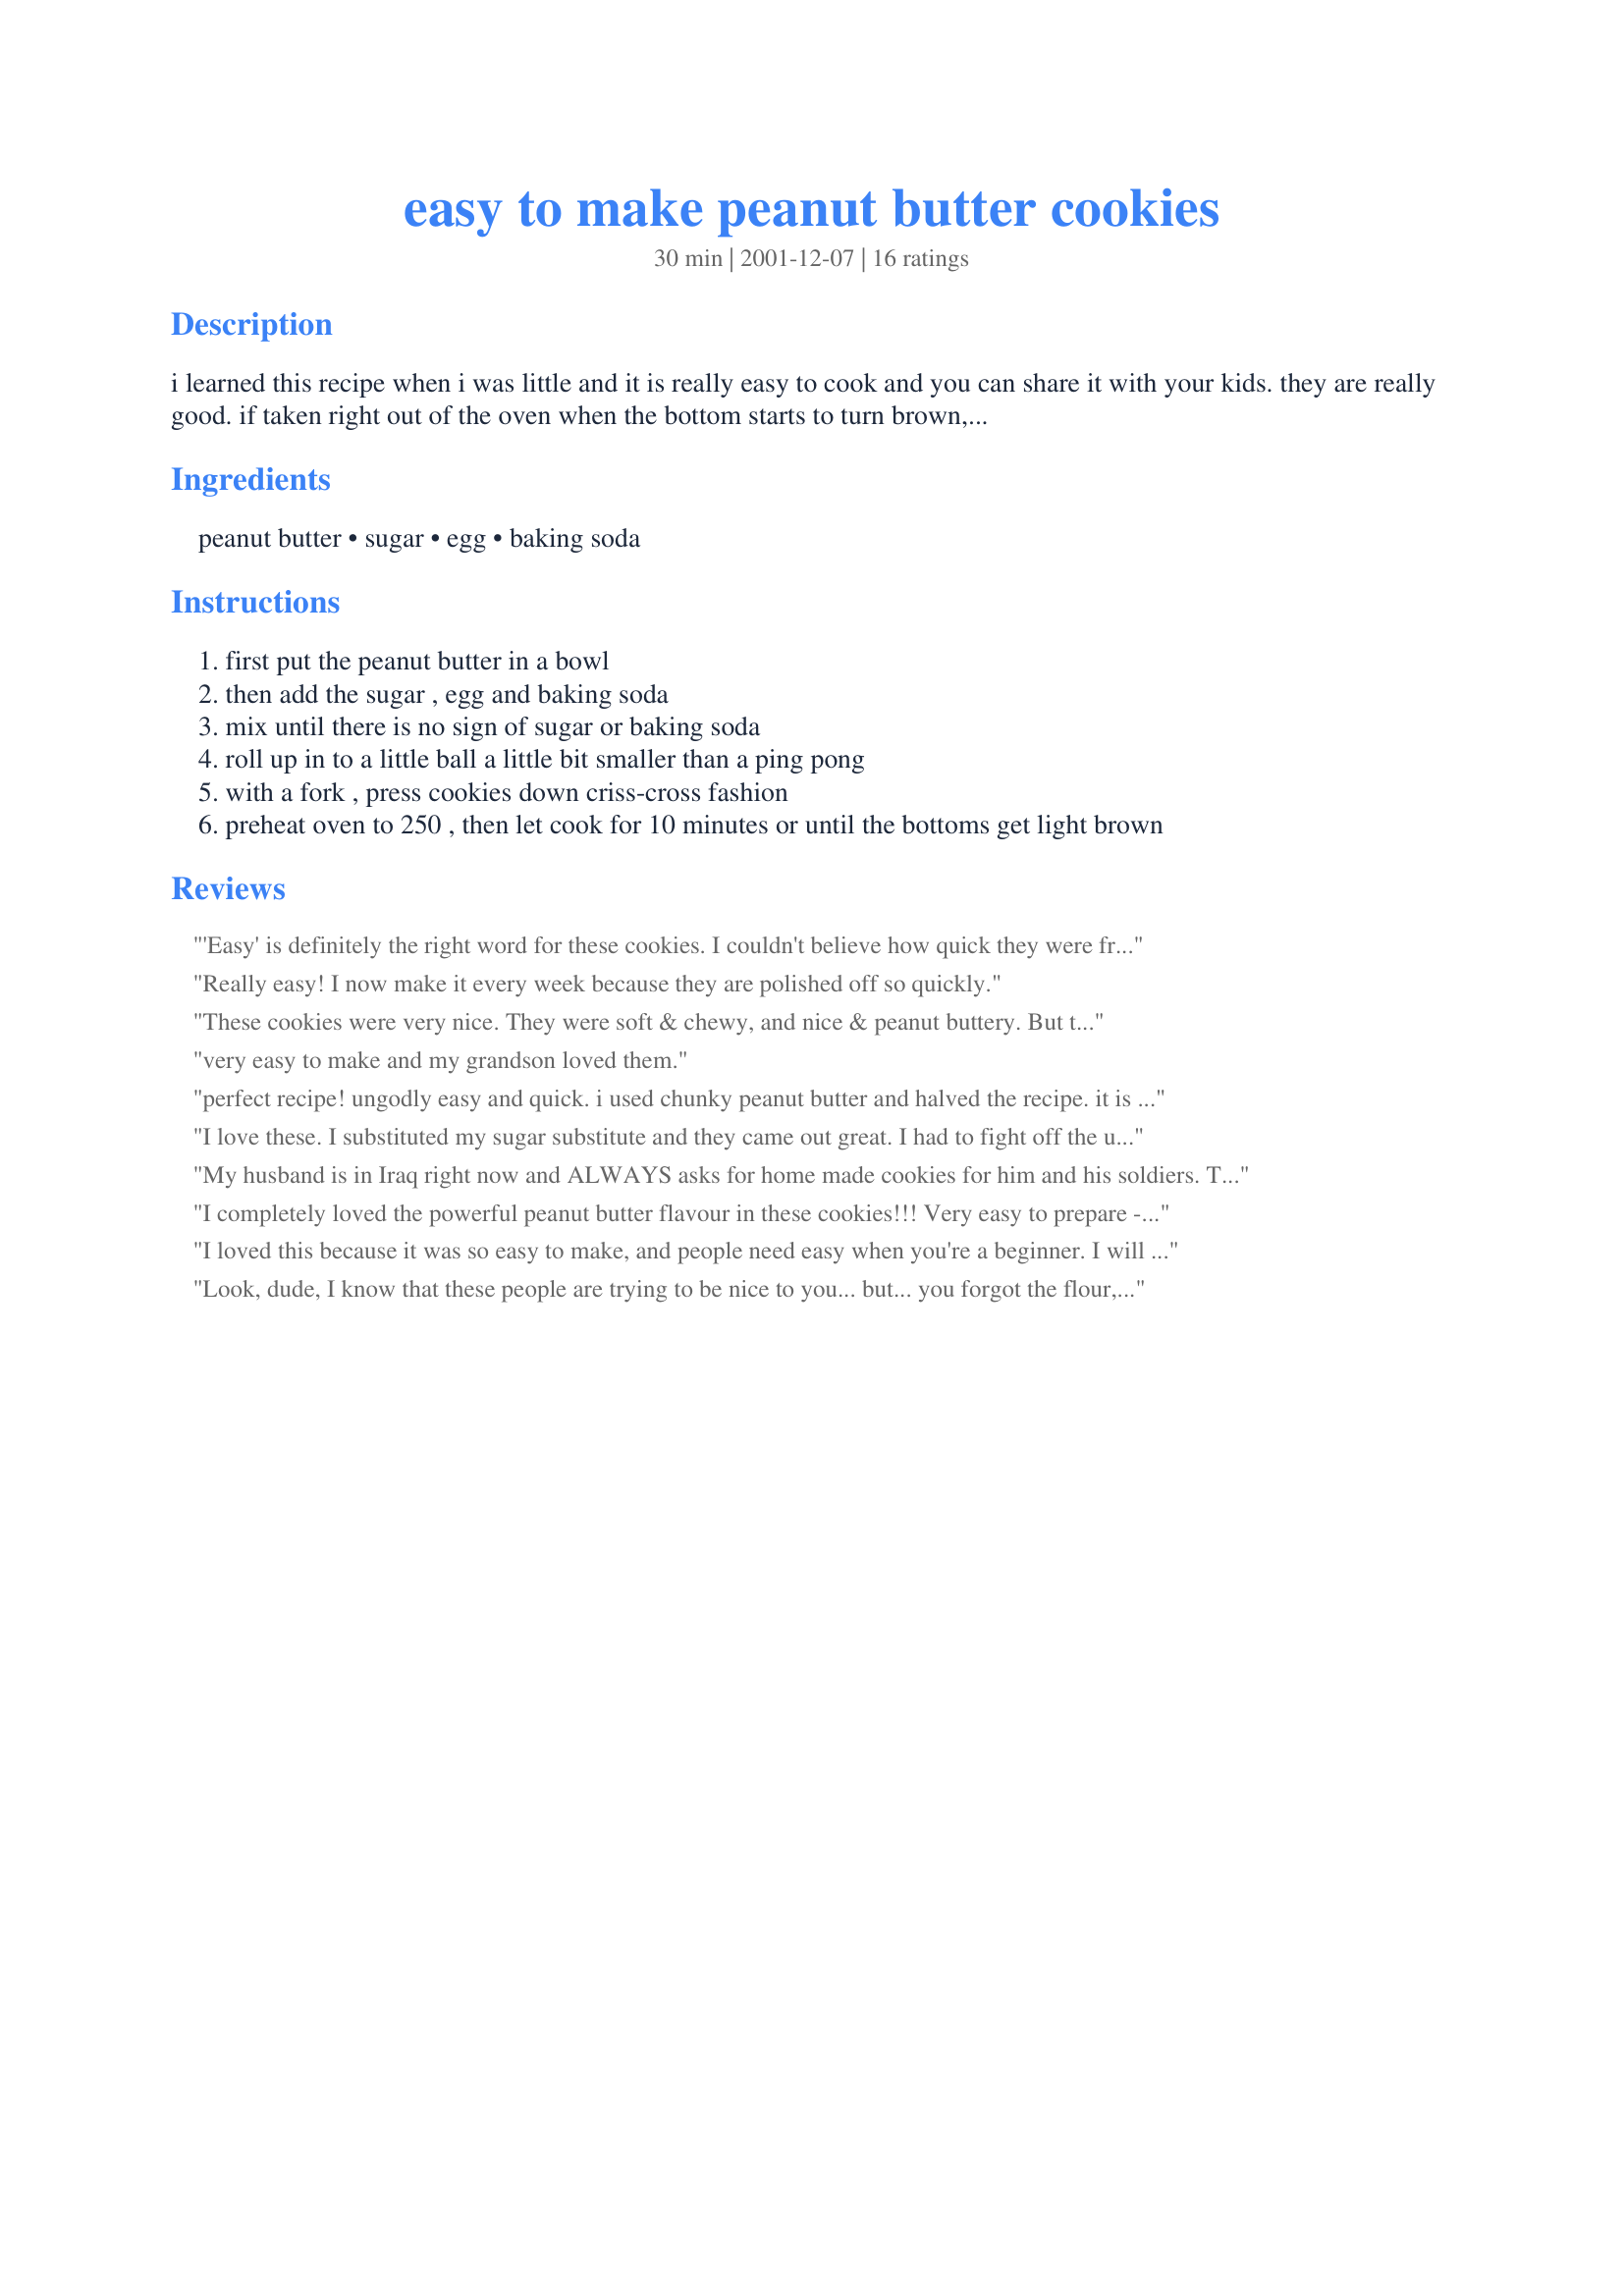
easy to make peanut butter cookies
Preparation time: 30 minutes

i learned this recipe when i was little and it is really easy to cook and you can share it with your kids. they are really good. if taken right out of the oven when the bottom starts to turn brown, they are soft. if left in the oven a little bit longer, they will be a bit crunchier.

Ingredients:
peanut butter, sugar, egg, baking soda

Steps:
first put the peanut butter in a bowl
then add the sugar , egg and baking soda
mix until there is no sign of sugar or baking soda
roll up in to a little ball a little bit smaller than a ping pong
with a fork , press cookies down criss-cross fashion
preheat oven to 250 , then let cook for 10 minutes or until the bottoms get light brown

Reviews:
'Easy' is definitely the right word for these cookies. I couldn't believe how quick they were from start to finish. I was a little concerned because there wasn't any flour but they turned out delicious. One quick note, to make it easier to press the fork down without sticking, dip it in water between each press. You'll whip through them quickly without breaking the cookie dough. Also, next time I make these I'm going to cut down a little on the baking soda - I don't like to actually taste it in my baked goods. Otherwise, a very easy and tasty recipe to make with the kids!
Really easy! I now make it every week because they are polished off so quickly.
These cookies were very nice. They were soft & chewy, and nice & peanut buttery. 
 But to lower the fat content, I added two egg whites instead of one whole egg. Also, I only wanted t omake a dozen cookies so I froze the rest of the dough. 
 I will definately make these again.
very easy to make and my grandson loved them.
perfect recipe! ungodly easy and quick. i used chunky peanut butter and halved the recipe. it is not safe to have too many cookies around ;] i have no idea how chunky peanut butter will affect the recipe, but i can't imagine it making them disgusting. thanks Kayde :]
I love these. I substituted my sugar substitute and they came out great. I had to fight off the urge to eat them all at once. I was able to make them last a week. Sent the recipe to my friends and relatives with kids and they loved them also.
My husband is in Iraq right now and ALWAYS asks for home made cookies for him and his soldiers. This was, by far, the easiest,best and cheapest way to make sure a bunch of troops got their sweet tooth satisfied! Thanks for sharing this!
I completely loved the powerful peanut butter flavour in these cookies!!! Very easy to prepare - just make sure you cool the cookies on the pan for a few minutes before transferring to cooling racks. I found the cookies to be a little powdery so they melted in your mouth. The only downside is that they don't transport (in lunches etc.) well because of that powdery texture.
I loved this because it was so easy to make, and people need easy when you're a beginner. I will be making this in the future. Thanks!
Look, dude, I know that these people are trying to be nice to you... but... you forgot the flour, and it looks like goo and tastes like crud.
I'm not trying to be mean or anything but man, this xxxx major!
If you're making cookies you NEED flour; no matter what.
I cooked it, ate one, I gave it to the dog, and was weirded out that it was eating them! Sorry, but this recipe sucks!
I always make this type of peanut butter cookie. So simple to make, yet so tasty! some times I add a hersheys kiss on top of the cookies right after they come out of th oven.
I found a recipe similar to this, but it didn't have baking soda. I really don't see the need to use it, because I made those, and they turned out the same. Anyways, they are so good!
I love this easy recipe.The cookies turn out great the kids love them. With 4 kids you need more easy recipes like this one thanks.
A True Review:

I am giving these cookies 5 stars, are they the quintessential peanut butter cookie? no. Are they easy to make? Yes. Will you make them again and again? Indeed. I have made these cookies about six times now and they are a really great treat and a crowd pleaser, the kids love them and it's quick and simple enough to satisfy that sweet tooth that comes around when there is nothing there to alleviate it.
Recommendations: Use all-natural peanut butter with the oil separation, it yields tastier, more moist cookies. Also, to save on dishes, use a whole jar of that all natural peanut butter and make a double batch, you'll be glad you did! (side note: set the jar of peanut butter up-side down, so that the oil mingles more â€“ a day or two if you're not using it right awayâ€“ and shake it up a bit before stirring, it makes it easier.) Enjoy!!
Yummy!
this is the outstanding and easiest recipe in the world.with help of this i can make some cookies for my mom on her birthday!
thnx hey dont forget to email me when u r having or posting some easy recipes ! !
